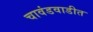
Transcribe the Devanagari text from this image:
चावंडवाडीत